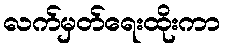
လက်မှတ်ရေးထိုးကာ